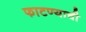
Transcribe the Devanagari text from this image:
फाटण्याची